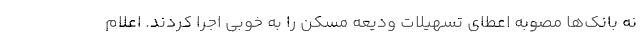
نه بانک‌ها مصوبه اعطای تسهیلات ودیعه مسکن را به خوبی اجرا کردند. اعلام